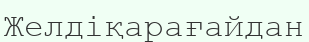
Желдіқарағайдан